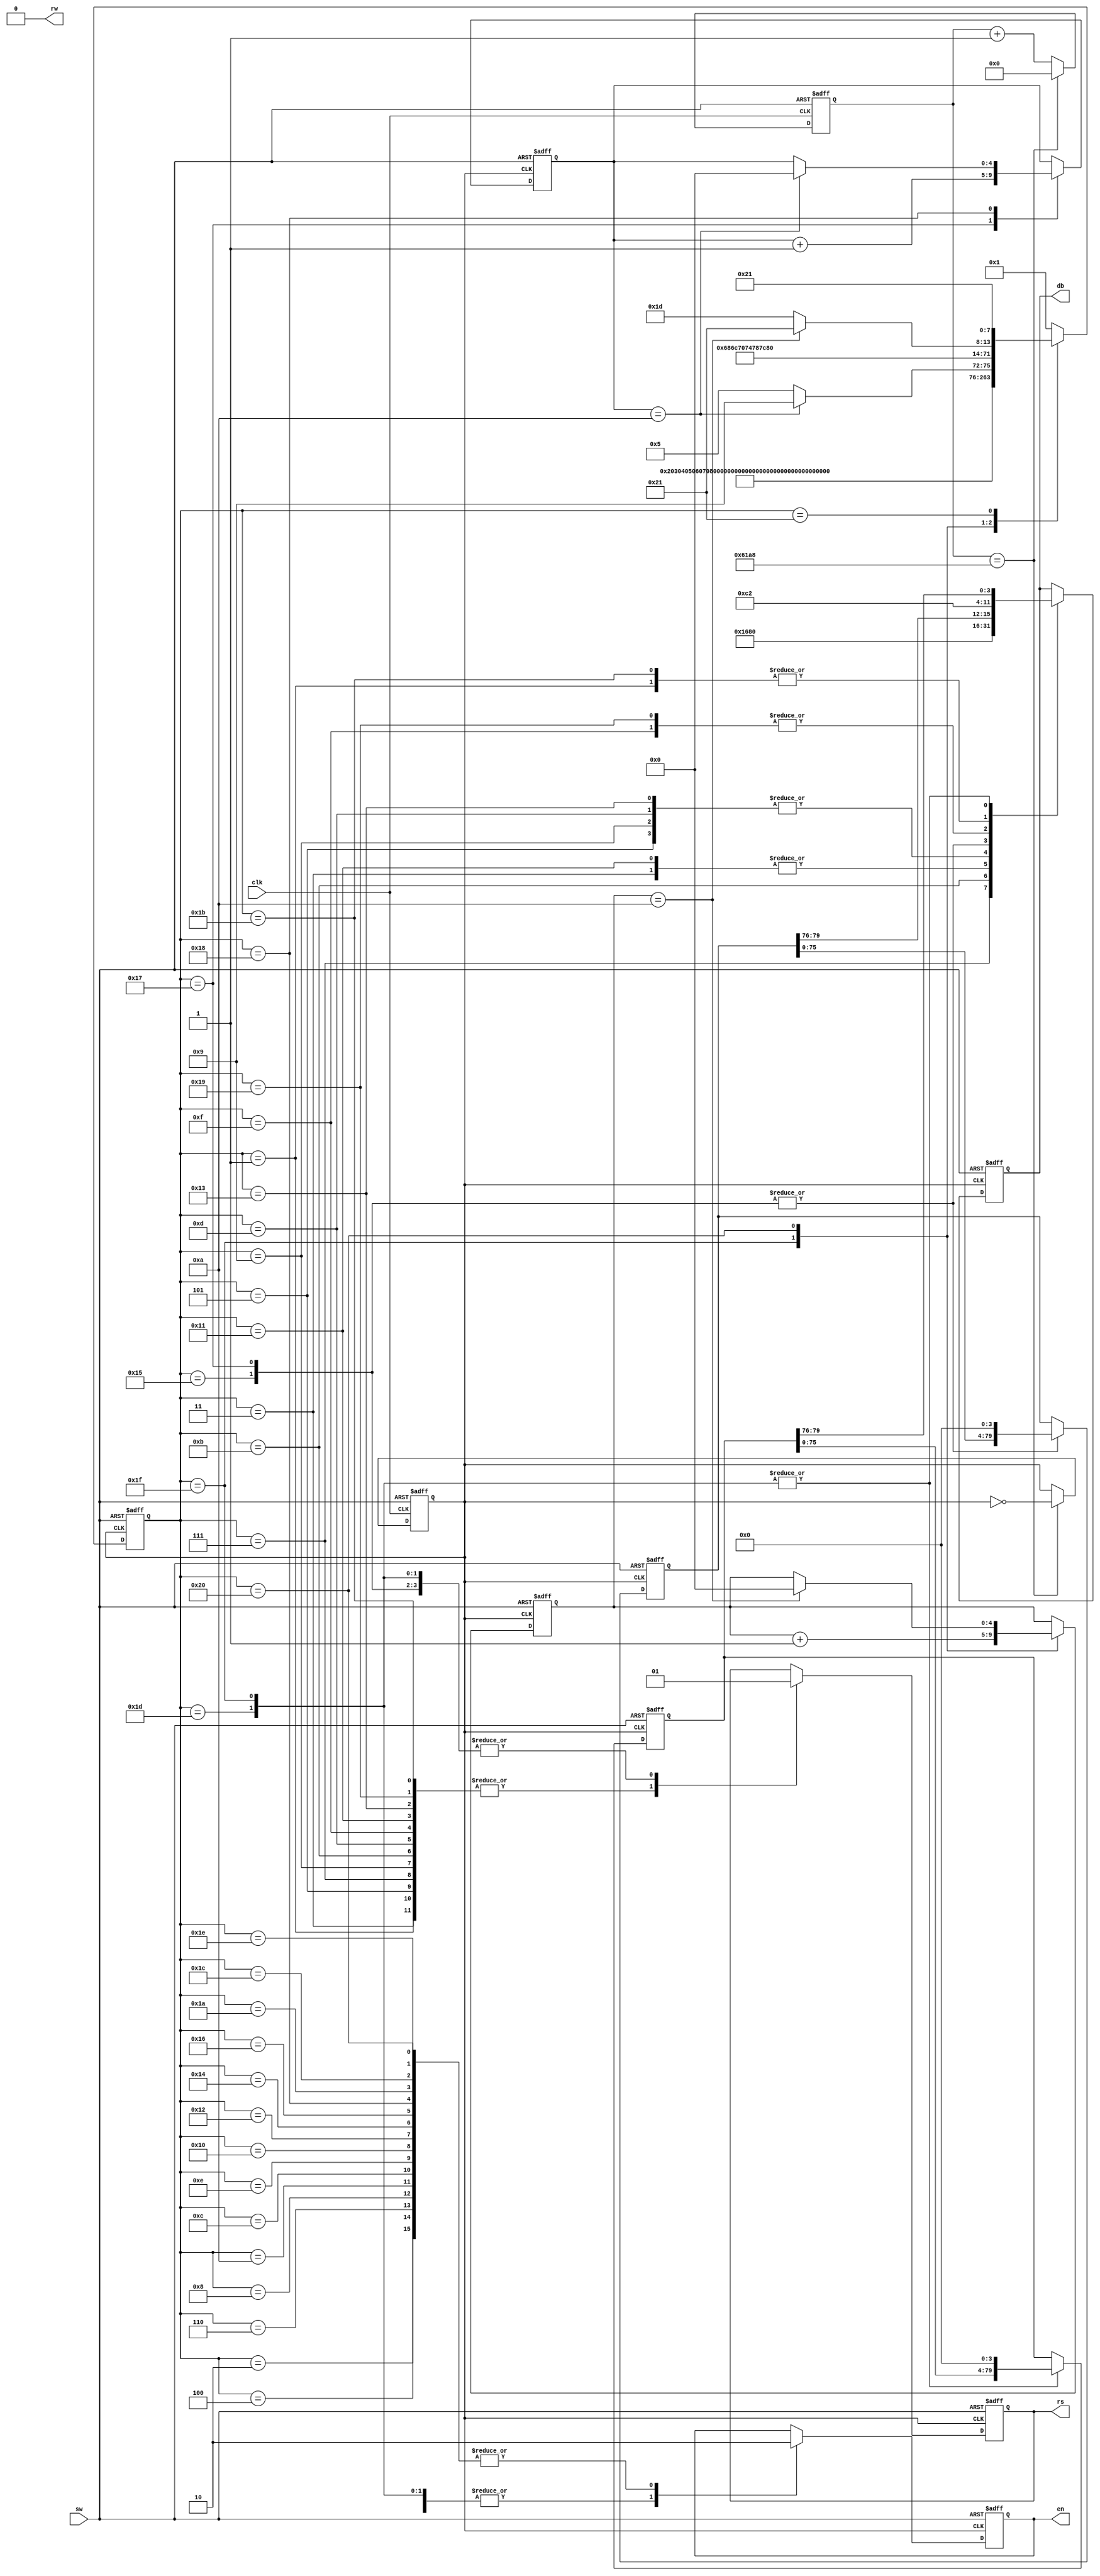
module lcd(
input clk,sw,
output reg rs,en,
output rw,
output reg [3:0] db);
reg clkr ;
reg [31:0] cnt ;
reg [7:0]	state;
reg [79:0] temp_1,temp_2;
reg [4:0] count_1,count_2;
parameter [79:0] char_dat = "wei zhao chun";
parameter [79:0] char_Dat = "201484006 ";
assign rw = 0;
always@(posedge clk or posedge sw)
   begin
    if(sw)
		begin
			cnt <= 0;
			clkr <= 0;
		end
	 else if(cnt == 32'd25000)
		begin
			cnt <= 0;
			clkr <= ~clkr;
		end
	 else
		begin
			clkr <= clkr;
			cnt <= cnt +1;
		end
   end
always@(posedge clkr or posedge sw)
	begin
		if(sw)	//
			begin
				rs	<= 1;
				en	<= 0;
				state <= 8'd0;
				db <= 4'h0;
				count_1 <= 5'd0;
				count_2 <= 5'd0;
				temp_1 <= char_dat;
				temp_2 <= char_Dat;
			end
		else
			case(state)	//28
				8'd1	:	begin rs <= 0; db <= 4'h2; en <= 1; state <= 8'd2; end

				8'd2	:	begin en <= 0; state <= 8'd3;	end

				8'd3	:	begin rs <= 0; db <= 4'h8; en <= 1; state <= 8'd4;	end

				8'd4	:	begin	en <= 0; state <= 8'd5;	end
		      //08
				8'd5	:	begin rs <= 0; db <= 4'h0; en <= 1; state <= 8'd6; end
				8'd6	:	begin en <= 0; state <= 8'd7;	end
				8'd7	:	begin rs <= 0; db <= 4'h1; en <= 1; state <= 8'd8;	end
								8'd8	:	begin	en <= 0; state <= 8'd9;	end
				//06
				8'd9	:	begin rs <= 0; db <= 4'h0; en <= 1; state <= 8'd10; end
				8'd10	:	begin en <= 0; state <= 8'd11;	end
				8'd11	:	begin rs <= 0; db <= 4'h6; en <= 1; state <= 8'd12;	end
				8'd12	:	begin	en <= 0; state <= 8'd13;	end
				//0c
				8'd13	:	begin rs <= 0; db <= 4'h0; en <= 1; state <= 8'd14; end
				8'd14	:	begin en <= 0; state <= 8'd15;	end
				8'd15	:	begin rs <= 0; db <= 4'hc; en <= 1; state <= 8'd16;	end
				8'd16	:	begin	en <= 0; state <= 8'd17;	end
				//80
				8'd17	:	begin rs <= 0; db <= 4'h8; en <= 1; state <= 8'd18; end
				8'd18	:	begin en <= 0; state <= 8'd19;	end
				8'd19	:	begin rs <= 0; db <= 4'h0; en <= 1; state <= 8'd20;	end
				8'd20	:	begin	en <= 0; state <= 8'd21;	end
				//
				8'd21	:	begin rs <= 1; db <= temp_1[79:76]; temp_1 <= (temp_1 << 4); en <= 1; state <= 8'd22; end
				8'd22	:	begin en <= 0; state <= 8'd23;	end
				8'd23	:	begin rs <= 1; db <= temp_1[79:76]; temp_1 <= (temp_1 << 4); en <= 1; count_1 <= count_1 +1; state <= 8'd24;	end
				8'd24 :	
				begin
					en <= 0;
					if(count_1 == 5'd10)//
						begin
							state <= 8'd25;
							count_1 <= 0;
						end
					else
							state <= 8'd21;
				end
				8'd25	:	begin rs <= 0; db <= 4'hc; en <= 1; state <= 8'd26; end
				8'd26	:	begin en <= 0; state <= 8'd27; end
				8'd27	:	begin rs <= 0; db <= 4'h2; en <= 1; state <= 8'd28;	end
				8'd28	:	begin	en <= 0; state <= 8'd29; end
				8'd29	:	begin rs <= 1; db <=
				temp_2[79:76]; temp_2 <= (temp_2 << 4); en <= 1; state <= 8'd30; end
				8'd30	:	begin en <= 0; state <= 8'd31; end
				8'd31	:	begin rs <= 1; db <= temp_2[79:76]; temp_2 <= (temp_2 << 4); en <= 1; count_2 <= count_2 +1; state <= 8'd32; end
				8'd32 :	
				begin
					en <= 0;
					if(count_2 == 5'd10)//
						begin
							state <= 8'd33;
							count_2 <= 0;
						end
					else
							state <= 8'd29;
					end
				8'd33	:	state <= 8'd33;//
		default	:	state <= 8'd1;
		endcase
	end

endmodule